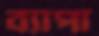
ব্যাপা